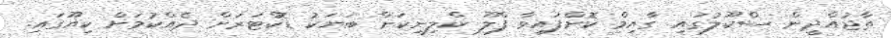
ތާޖުއްދީން ސްކޫލުގައި ގާއިމް ކޮށްފައިވާ ފްލޫ ކްލިނިކަށް ބަޔަކު ޑޮކްޓަރަށް ދެއްކުމަށް ކިޔޫގައި.